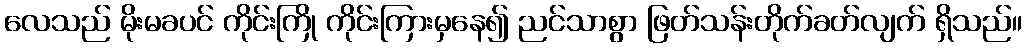
လေသည် မိုးမခပင် ကိုင်းကြို ကိုင်းကြားမှနေ၍ ညင်သာစွာ ဖြတ်သန်းတိုက်ခတ်လျက် ရှိသည်။